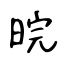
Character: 晥